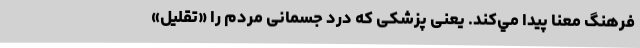
فرهنگ معنا پیدا مي‌کند. یعنی پزشکی که درد جسمانی مردم را «تقلیل»